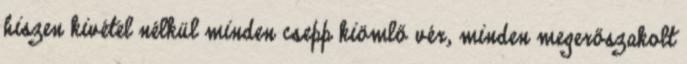
hiszen kivétel nélkül minden csepp kiömlő vér, minden megerőszakolt